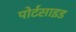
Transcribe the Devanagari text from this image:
पोर्टसाइड